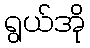
ရွယ်အို